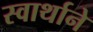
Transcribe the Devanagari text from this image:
स्वार्थाने